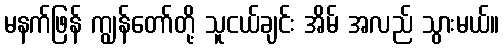
မနက်ဖြန် ကျွန်တော်တို့ သူငယ်ချင်း အိမ် အလည် သွားမယ်။